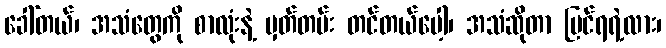
ခေါ်တယ်၊ အသံတွေကို စာလုံးနဲ့ မှတ်တမ်း တင်တယ်ပေါ့၊ အသံဆိုတာ မြင်ရရဲ့လား၊